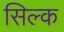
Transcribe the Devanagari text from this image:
सिल्‍क